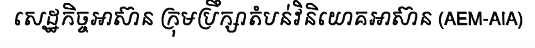
សេដ្ឋកិច្ចអាស៊ាន ក្រុមប្រឹក្សាតំបន់វិនិយោគអាស៊ាន (AEM-AIA)